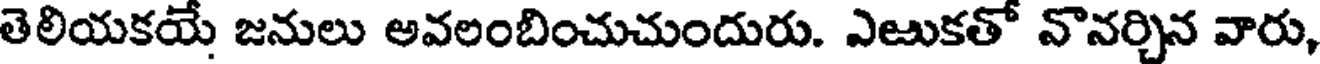
తెలియకయే జనులు అవలంబించుచుందురు. ఎఱుకతో వొనర్చిన వారు,